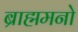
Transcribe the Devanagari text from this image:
ब्राह्ममनो